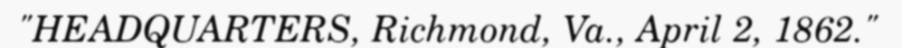
"HEADQUARTERS, Richmond, Va., April 2, 1862."